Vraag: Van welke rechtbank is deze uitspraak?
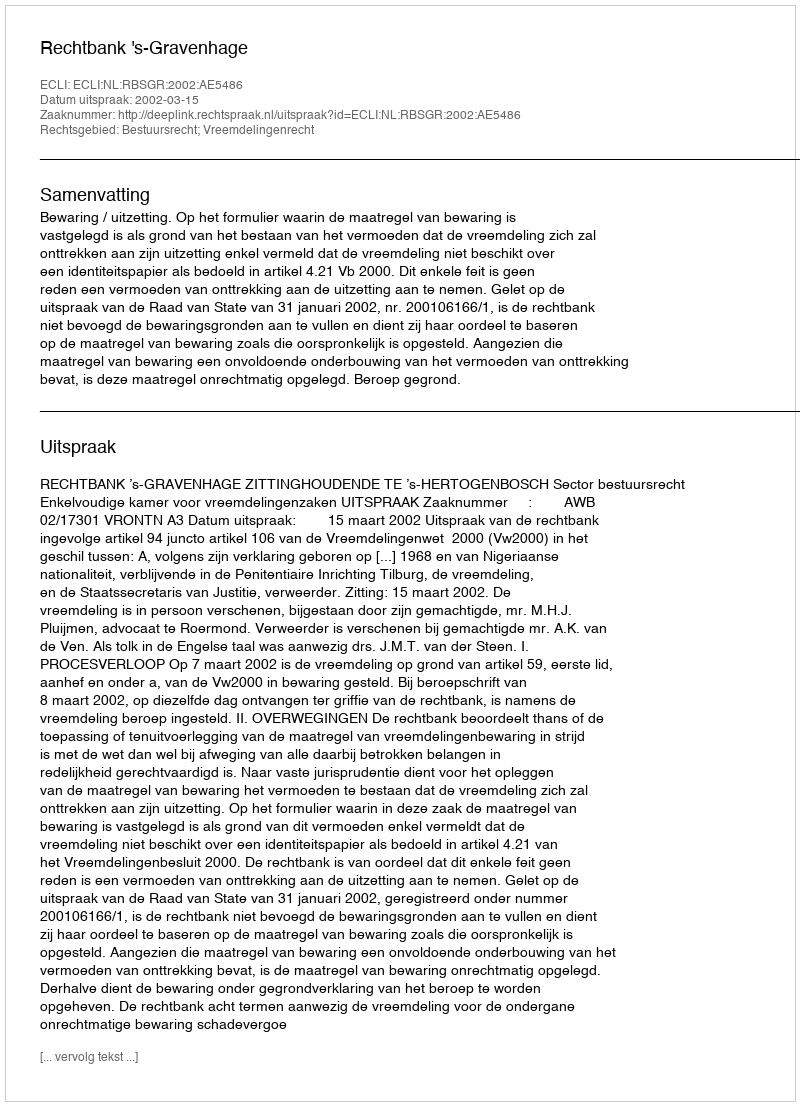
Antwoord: Rechtbank 's-Gravenhage